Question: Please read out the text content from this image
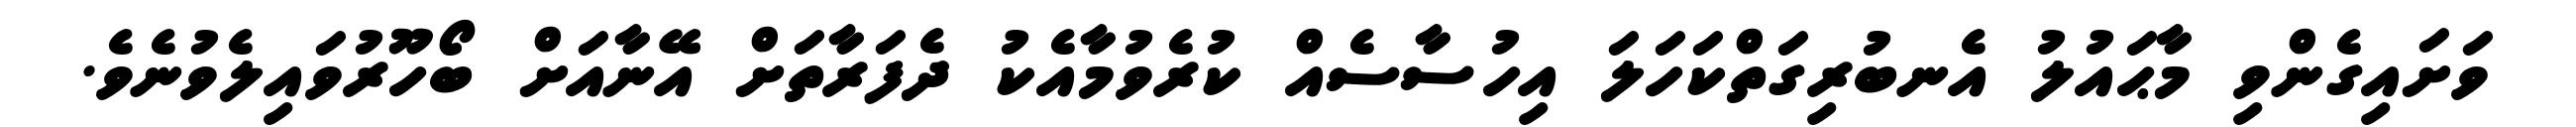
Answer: ވަށައިގެންވި މާޙައުލު އެނބުރިގަތްކަހަލަ އިހުސާސެއް ކުރެވުމާއެކު ދެފަރާތަށް އޭނާއަށް ބޯހޫރުވައިލެވުނެވެ.